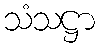
သံသဋ္ဌာ